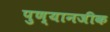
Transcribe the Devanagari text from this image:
पुण्यानजीक